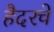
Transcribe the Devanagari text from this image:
हैदरचे